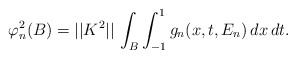
\begin{align*}\varphi _{n}^{2}(B)=||K^{2}||\,\int_{B}\int_{-1}^{1}g_{n}(x,t,E_{n})\,dx\,dt.\end{align*}